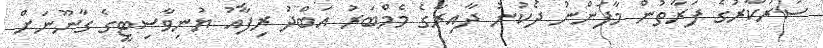
ސަރުކާރުގެ ފަރާތުން މާފަންނު ދެކުނު ދާއިރާގެ މެމްބަރު އަބްދު ރިފާއު ޔުނިވާސިޓީގެ ގާނޫނަށް